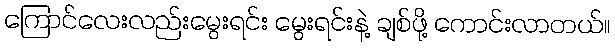
ကြောင်လေးလည်းမွေးရင်း မွေးရင်းနဲ့ ချစ်ဖို့ ကောင်းလာတယ်။